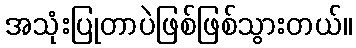
အသုံးပြုတာပဲဖြစ်ဖြစ်သွားတယ်။